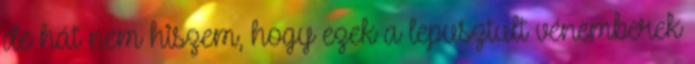
de hát nem hiszem, hogy ezek a lepusztult vénemberek